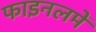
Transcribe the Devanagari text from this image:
फाइनलमें